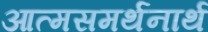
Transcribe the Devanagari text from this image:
आत्मसमर्थनार्थ